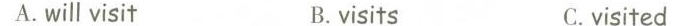
A.will visit B.visits C.visited